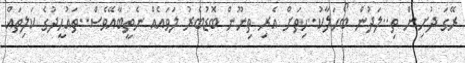
ރޭގަ ދުށިން ތި..ލަދުން ބޯހަލާކު..ހިތަށް އެރި ތިނޫން ބޮޑުބެރު ލަވައެއް ނެތީބާއޭވެސްް..ތައުހީދުގެ ކަލިތައް